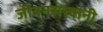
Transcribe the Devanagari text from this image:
जीवनसत्त्वांनी